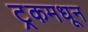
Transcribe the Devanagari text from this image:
ट्रकमधून